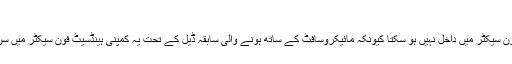
نوکیا موبائبل فون
نوکیا سرِدست فوری طور پر موبائل فون سیکٹر میں داخل نہیں ہو سکتا کیونکہ مائیکروسافٹ کے ساتھ ہونے والی سابقہ ڈیل کے تحت یہ کمپنی ہینڈسیٹ فون سیکٹر میں سن 2016 سے قبل داخل نہیں ہو سکتی۔